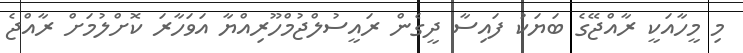
މި މީހާއަކީ ރާއްޖޭގެ ބަޔަކު ފައިސާ ދީގެން ރައީސުލްޖުމްހޫރިއްޔާ އަވަހާރަ ކޮށްލުމަށް ރާއްޖެ